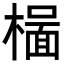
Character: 𬄥